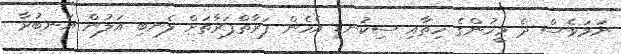
ނަމަވެސް ދެ މީހުންގެ ހިތާއި ސިކުނޑި އެހެން ފަރާތްފަރާތަށް ލެނބި އަލުން އަނބުރާ